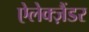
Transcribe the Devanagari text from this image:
ऐलेक्ज़ैंडर